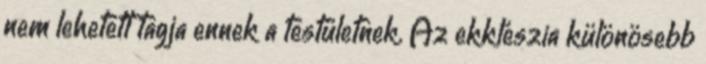
nem lehetett tagja ennek a testületnek. Az ekklészia különösebb